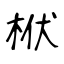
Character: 栿